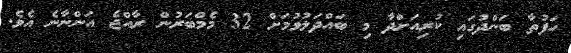
ހަފުތާ ބަންދުގައި ކުރިއަށްދާ މި ބައްދަލުވުމަށް 32 މެމްބަރުން ރާއްޖެ އަންނާނެ އެވެ.